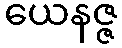
ယေနဇ္ဇ